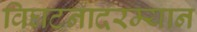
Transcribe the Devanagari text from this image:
विघटनादरम्यान